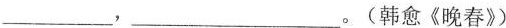
___，___。(韩愈《晚春》)